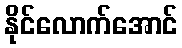
နိုင်လောက်အောင်